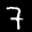
Label: 7